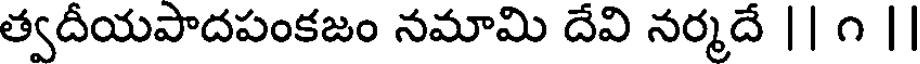
త్వదీయపాదపంకజం నమామి దేవి నర్మదే || ౧ ||